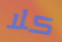
كلا